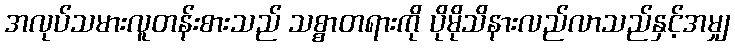
အလုပ်သမားလူတန်းစားသည် သစ္စာတရားကို ပိုမိုသိနားလည်လာသည်နှင့်အမျှ